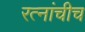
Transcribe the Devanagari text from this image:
रत्नांचीच